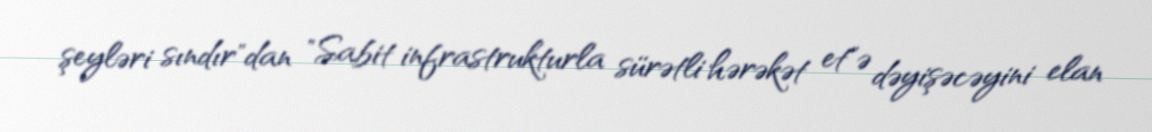
şeyləri sındır"dan "Sabit infrastrukturla sürətli hərəkət et"ə dəyişəcəyini elan